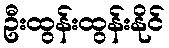
ဦးထွန်းထွန်းနိုင်